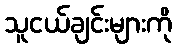
သူငယ်ချင်းများကို